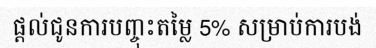
ផ្តល់ជូនការបញ្ចុះតម្លៃ 5% សម្រាប់ការបង់